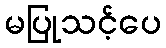
မပြုသင့်ပေ